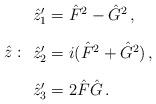
LaTeX: \begin{align*}\hat z:\begin{array}{l}\hat z_1'=\hat F^2-\hat G^2\,,\\[4mm]\hat z_2'=i(\hat F^2+\hat G^2)\,,\\[4mm]\hat z_3'=2\hat F \hat G\,.\end{array}\end{align*}